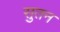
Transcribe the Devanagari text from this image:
सुतन